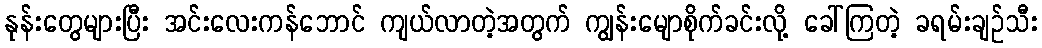
နုန်းတွေများပြီး အင်းလေးကန်ဘောင် ကျယ်လာတဲ့အတွက် ကျွန်းမျောစိုက်ခင်းလို့ ခေါ်ကြတဲ့ ခရမ်းချဉ်သီး